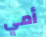
أمي